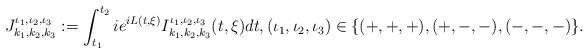
LaTeX: \begin{align*}J^{\iota_1, \iota_2,\iota_3 }_{k_1,k_2, k_3}:= \int_{t_1}^{t_2} i e^{i L(t,\xi)} I^{\iota_1, \iota_2,\iota_3}_{k_1,k_2, k_3}(t,\xi) d t, (\iota_1, \iota_2,\iota_3)\in \{(+,+,+),(+,-,-), (-,-,-)\}.\end{align*}